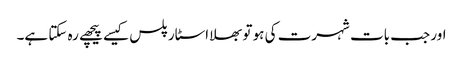
اور جب بات شہرت کی ہو تو بھلا اسٹار پلس کیسے پیچھے رہ سکتا ہے۔